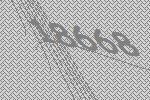
18668